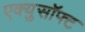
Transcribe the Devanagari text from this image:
एक्युसॉफ्ट